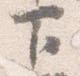
下